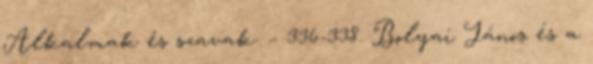
Alkalmak és szavak. – 336-338. Bolyai János és a